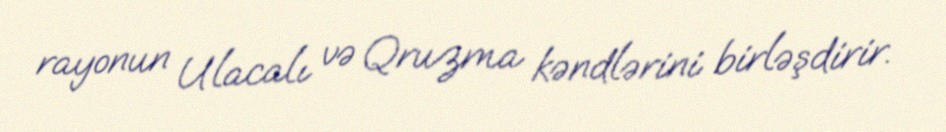
rayonun Ulacalı və Qruzma kəndlərini birləşdirir.